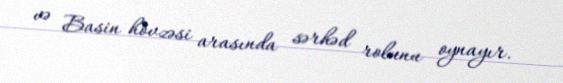
və Basin hövzəsi arasında sərhəd rolunu oynayır.